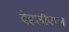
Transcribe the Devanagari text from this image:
देहलीवाल